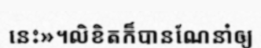
នេះ»។លិខិតក៏បានណែនាំឲ្យ